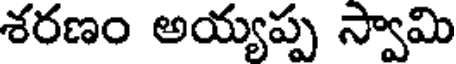
శరణం అయ్యప్ప స్వామి